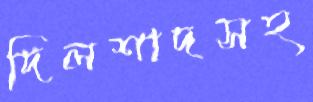
দিলশাদসহ